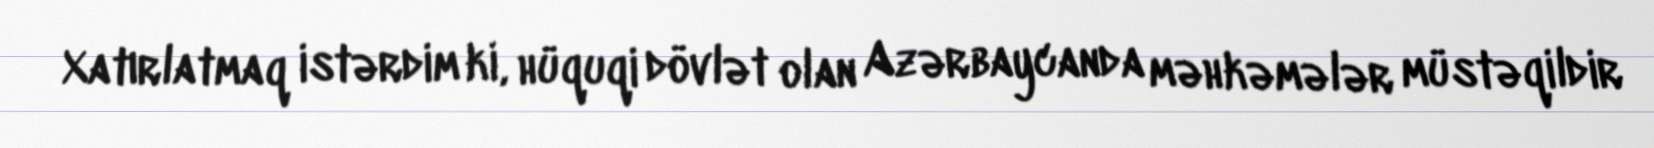
Xatırlatmaq istərdim ki, hüquqi dövlət olan Azərbaycanda məhkəmələr müstəqildir